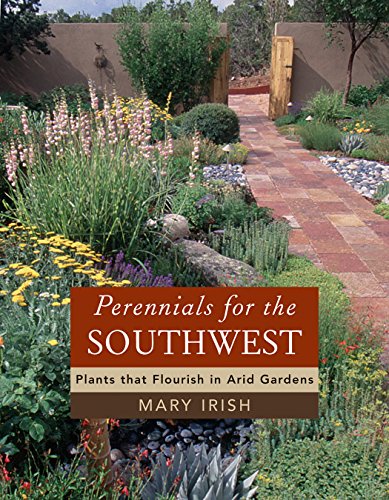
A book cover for Perennials for the Southwest: Plants That Flourish in Arid Gardens; Mary Irish; Crafts, Hobbies & Home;